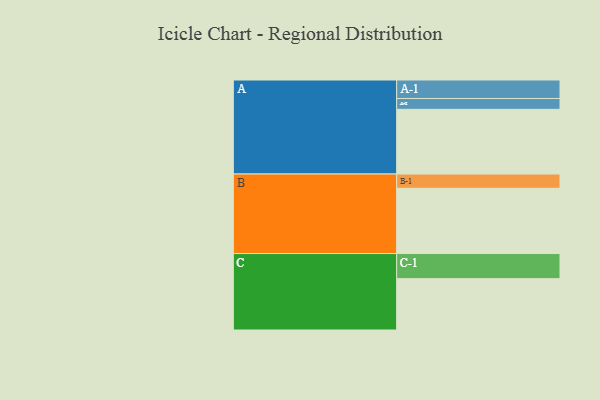
{"axis": {"x": "Segment", "y": "Value"}, "legend": ["", "A", "B", "C"], "data": [{"x": "A", "y": 567, "type": ""}, {"x": "B", "y": 572, "type": ""}, {"x": "C", "y": 450, "type": ""}, {"x": "A-1", "y": 162, "type": "A"}, {"x": "A-2", "y": 95, "type": "A"}, {"x": "B-1", "y": 125, "type": "B"}, {"x": "C-1", "y": 220, "type": "C"}]}